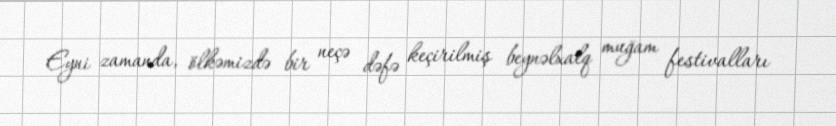
Eyni zamanda, ölkəmizdə bir neçə dəfə keçirilmiş beynəlxalq muğam festivalları